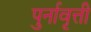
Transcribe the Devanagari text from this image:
पुर्नावृत्ती